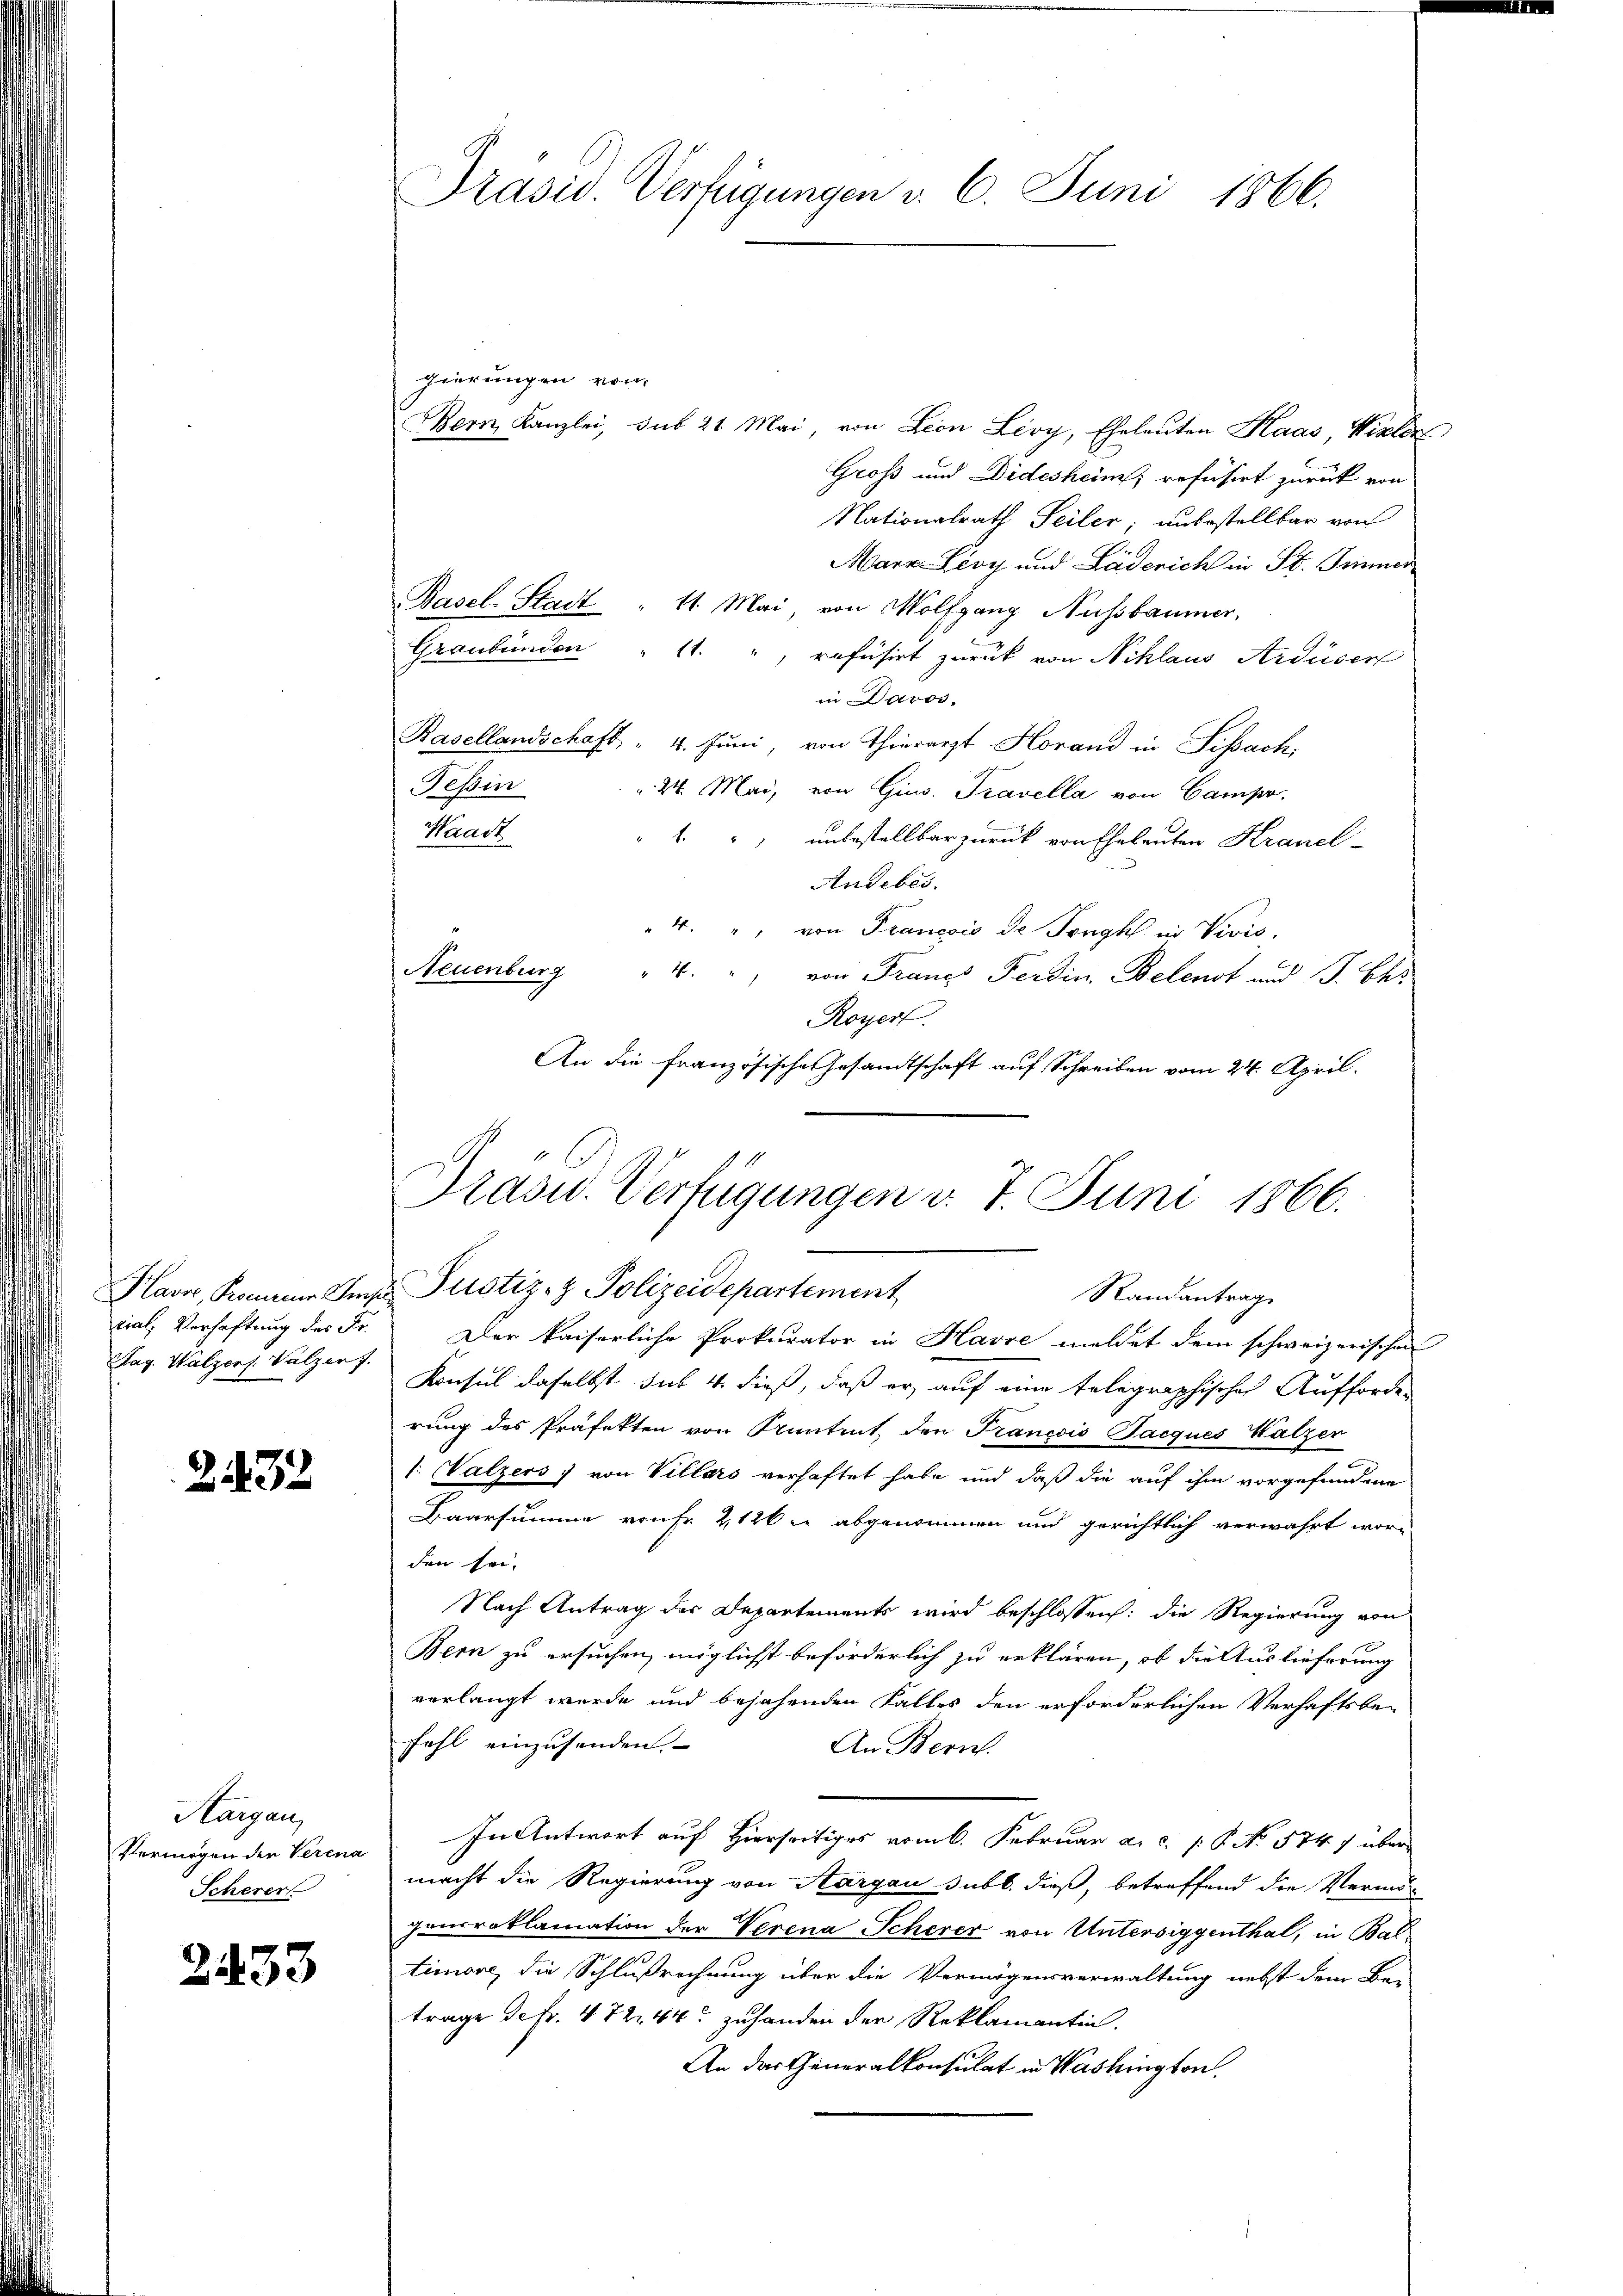
cial, Verhaftung des Fr.

2432

Hargau,
Vermögen der Verena
Scherer

2433

Präsid. Verfügungen v. 6. Juni 1866.

gierungen von
Bern, Kanzlei, sub 21 Mai, von Lion Lery, Eheleuten Haas, Vieler
Groß und Didesheim; refüsirt zurück von
Nationalrath Seiler; unbestellbar von
Mara Lioch und Läderich in St. Immer
Basel-Stadt " 11. Mai, von Wolfgang Nussbaumer,
Graubünden
11.
refüsirt zurück von Niklaus Ardüser
in Davos.
Basellandschaft " 4. Juni, von Thierarzt Horand in Fissach,
Tessin
24. Mai, von Gins. Travella von Camp,
Waadt
", unbestellbar zurück von Eheleuten Krancl
Andebes.
4. " von Francois de Fragt in Vivis.
Neuenburg
4. " von Franze Ferdin Belenst und J. Ch
Royers.
An die französische Gesandtschaft auf Schreiben vom 24. April.

Prasid. Verfügungen d. 7. Juni 1866.
Hava, Kennen Ims Pustiz- & Polizeidepartement
Randantrag

Der kaiserliche Prokurator in Havre meldet dem schweizerischen
Pag. Walzers Valzers. Konsul daselbst sub 4. dieß, daß er auf eine telegraphisches Aufforder
rung des Präfekten von Pruntrut, den Francois Jacques Walzer
1: Walzers) von Villars verhaftet habe und daß die auf ihm vorgefundene
Baarsumme von fr. 212 die abgenommen und gerichtlich verwahrt wor-
den sei.
Nach Antrag des Departements wird beschlossen: die Regierung von
Bern zu ersuchen, möglichst beförderlich zu erklären, ob die Auslieferung
verlangt wurde und bejahenden Falles den erforderlichen Verhaftsbefahl einzusenden.
An Bernh
In Antwort auf Hierseitiges vom 6. Februar a.c. P. No 574 über
macht die Regierung von Aargau subl. dieß, betreffend die Vermö
ganrroklamation der Verena Scherer von Untersiggenthal, in Bal
timore, die Schlußrechnung über die Vermögensverwaltung nebst dem Be-
trage de fr. 472. 44 zuhanden der Reklamantin.
An das Generalkonsulat in Washington,